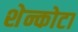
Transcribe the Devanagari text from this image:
शेन्कोटा